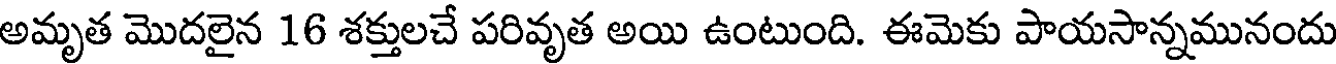
అమృత మొదలైన 16 శక్తులచే పరివృత అయి ఉంటుంది. ఈమెకు పాయసాన్నమునందు